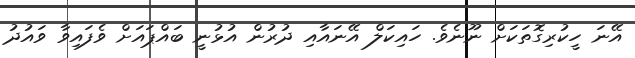
އޭނަ ހީކުރިގޮތަކަށް ނޫނެވެ. ހައިކަލް އޭނައާއި ދުރުން އުޅުނީ ބައްޕައަށް ވެފައިވާ ވައުދު